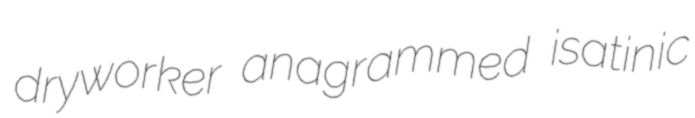
dryworker anagrammed isatinic